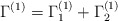
\begin{align*}\Gamma^{(1)}=\Gamma^{(1)}_1+\Gamma^{(1)}_2\end{align*}